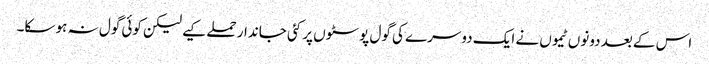
اس کے بعد دونوں ٹیموں نے ایک دوسرے کی گول پوسٹوں پر کئی جاندار حملے کیے لیکن کوئی گول نہ ہو سکا۔